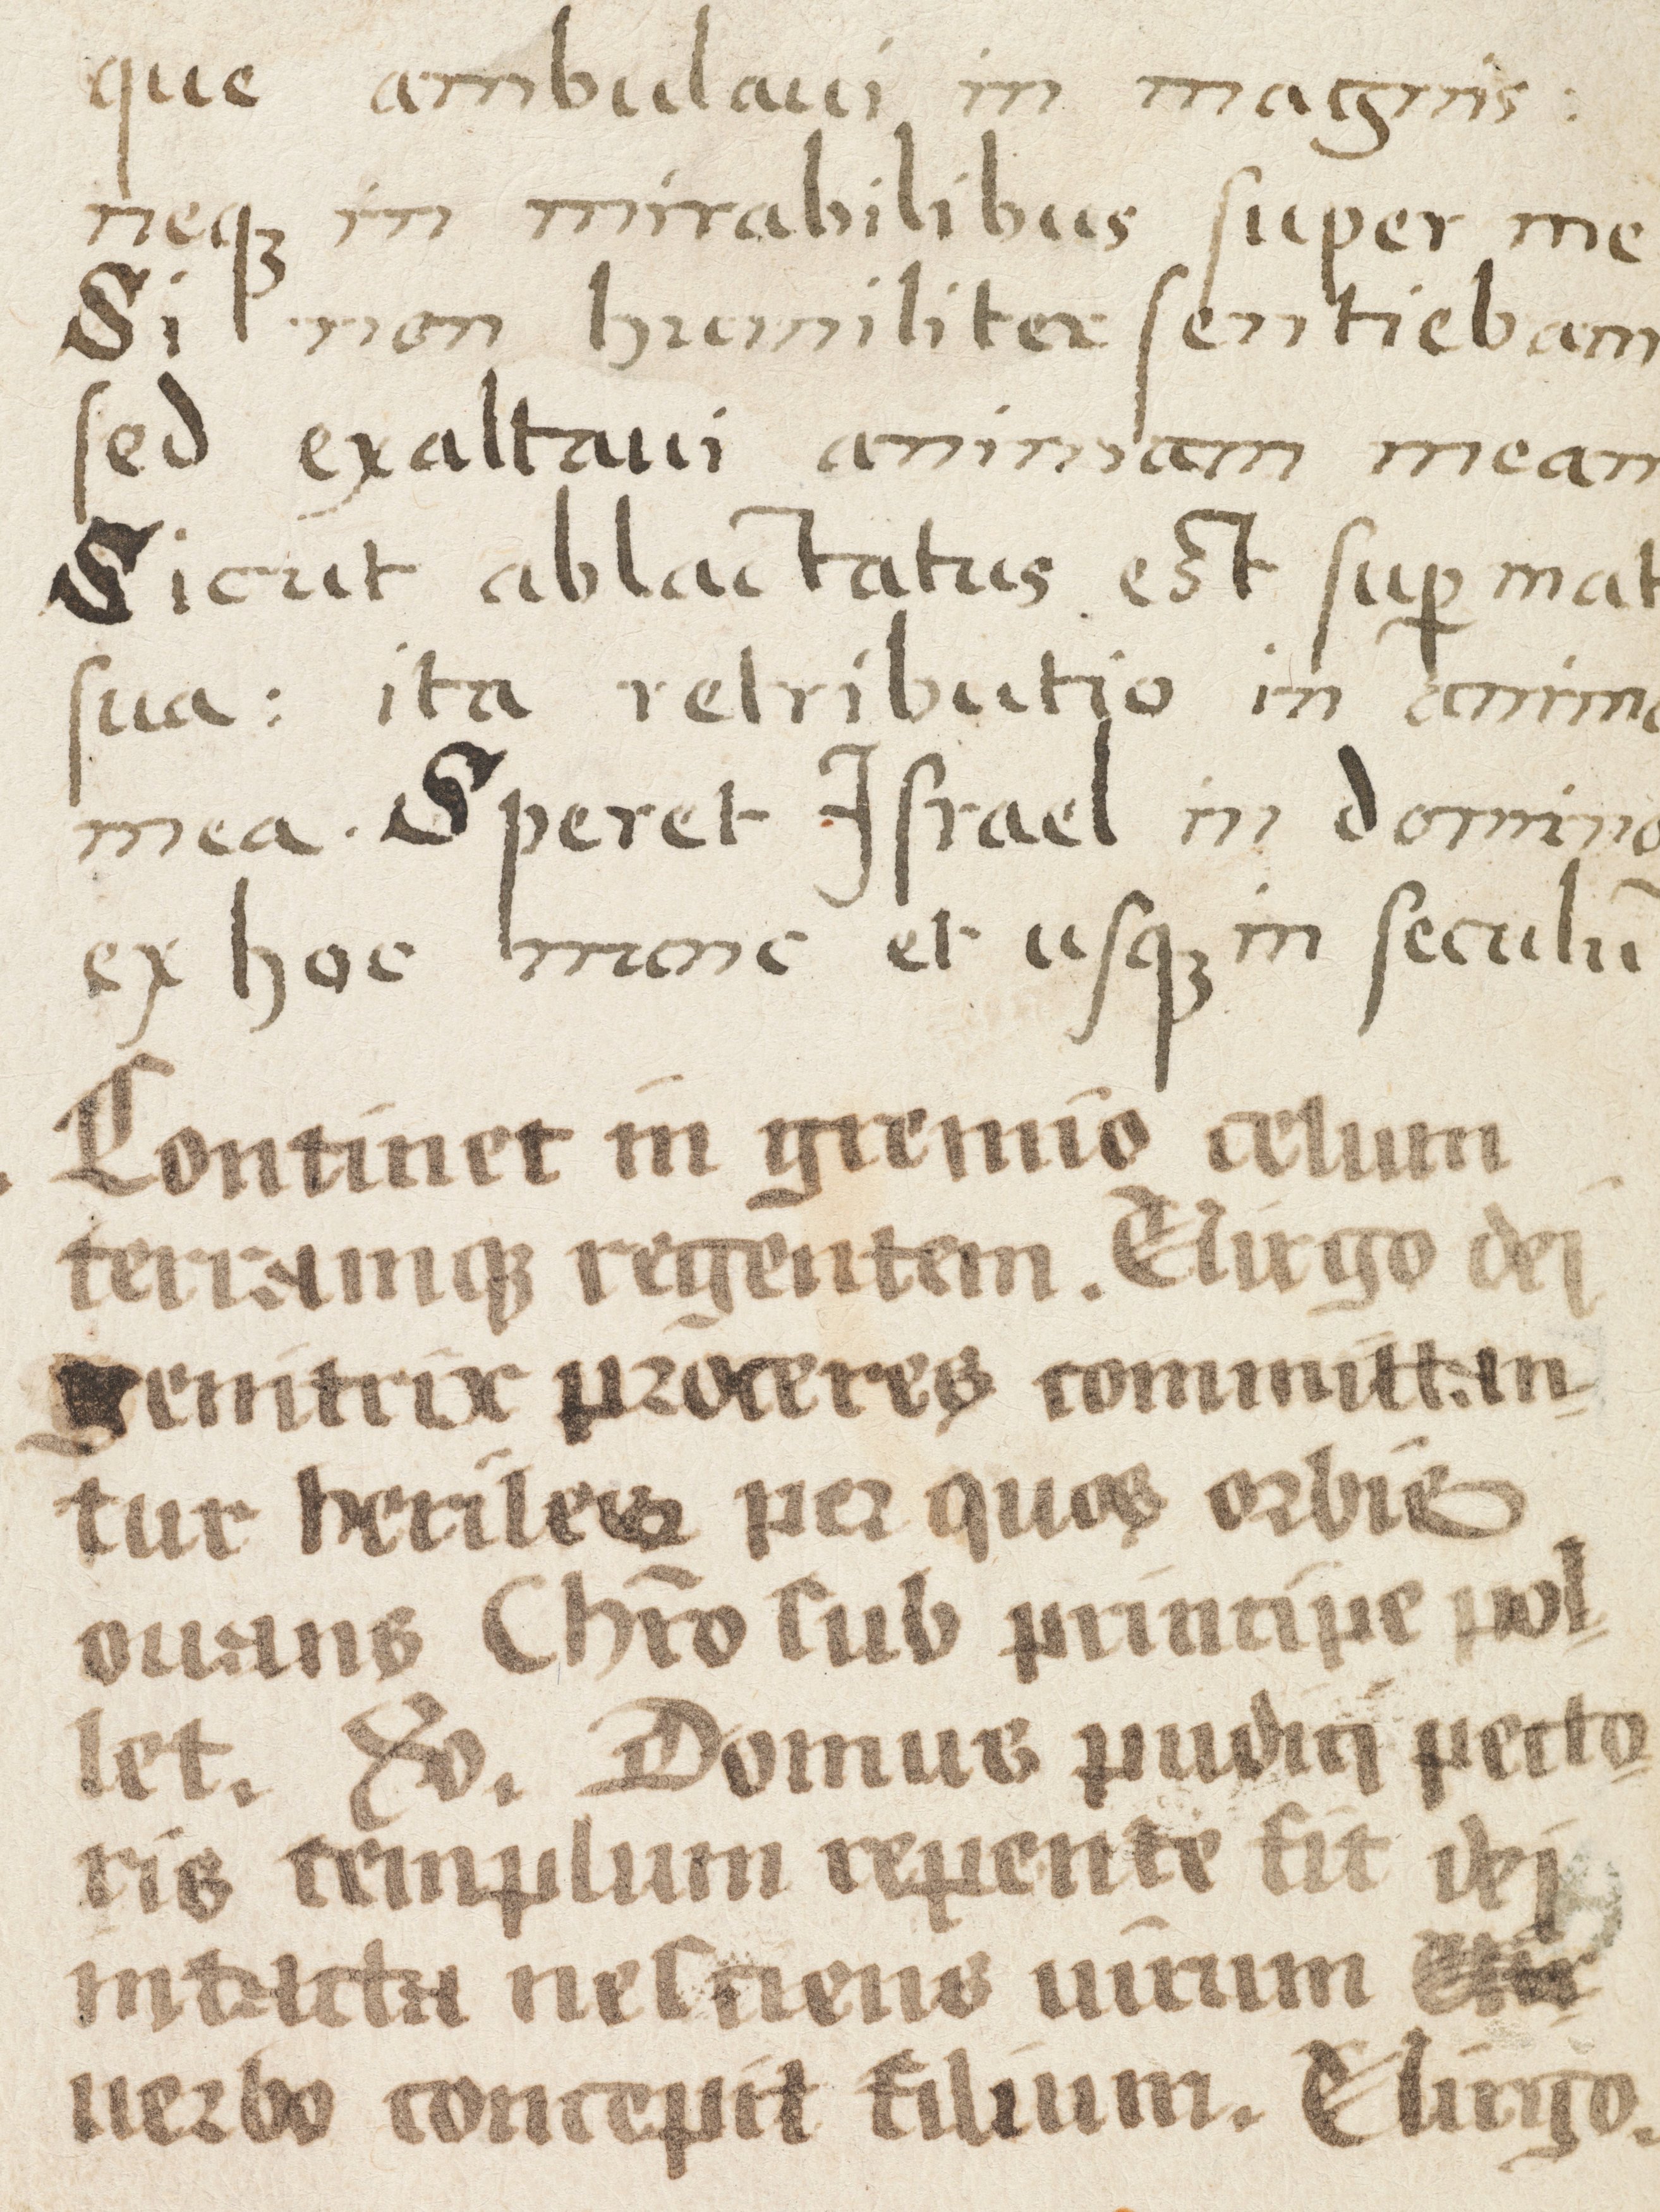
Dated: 1500–1524